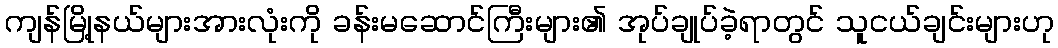
ကျန်မြို့နယ်များအားလုံးကို ခန်းမဆောင်ကြီးများ၏ အုပ်ချုပ်ခဲ့ရာတွင် သူငယ်ချင်းများဟု